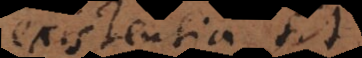
existentia sit